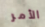
الأمر